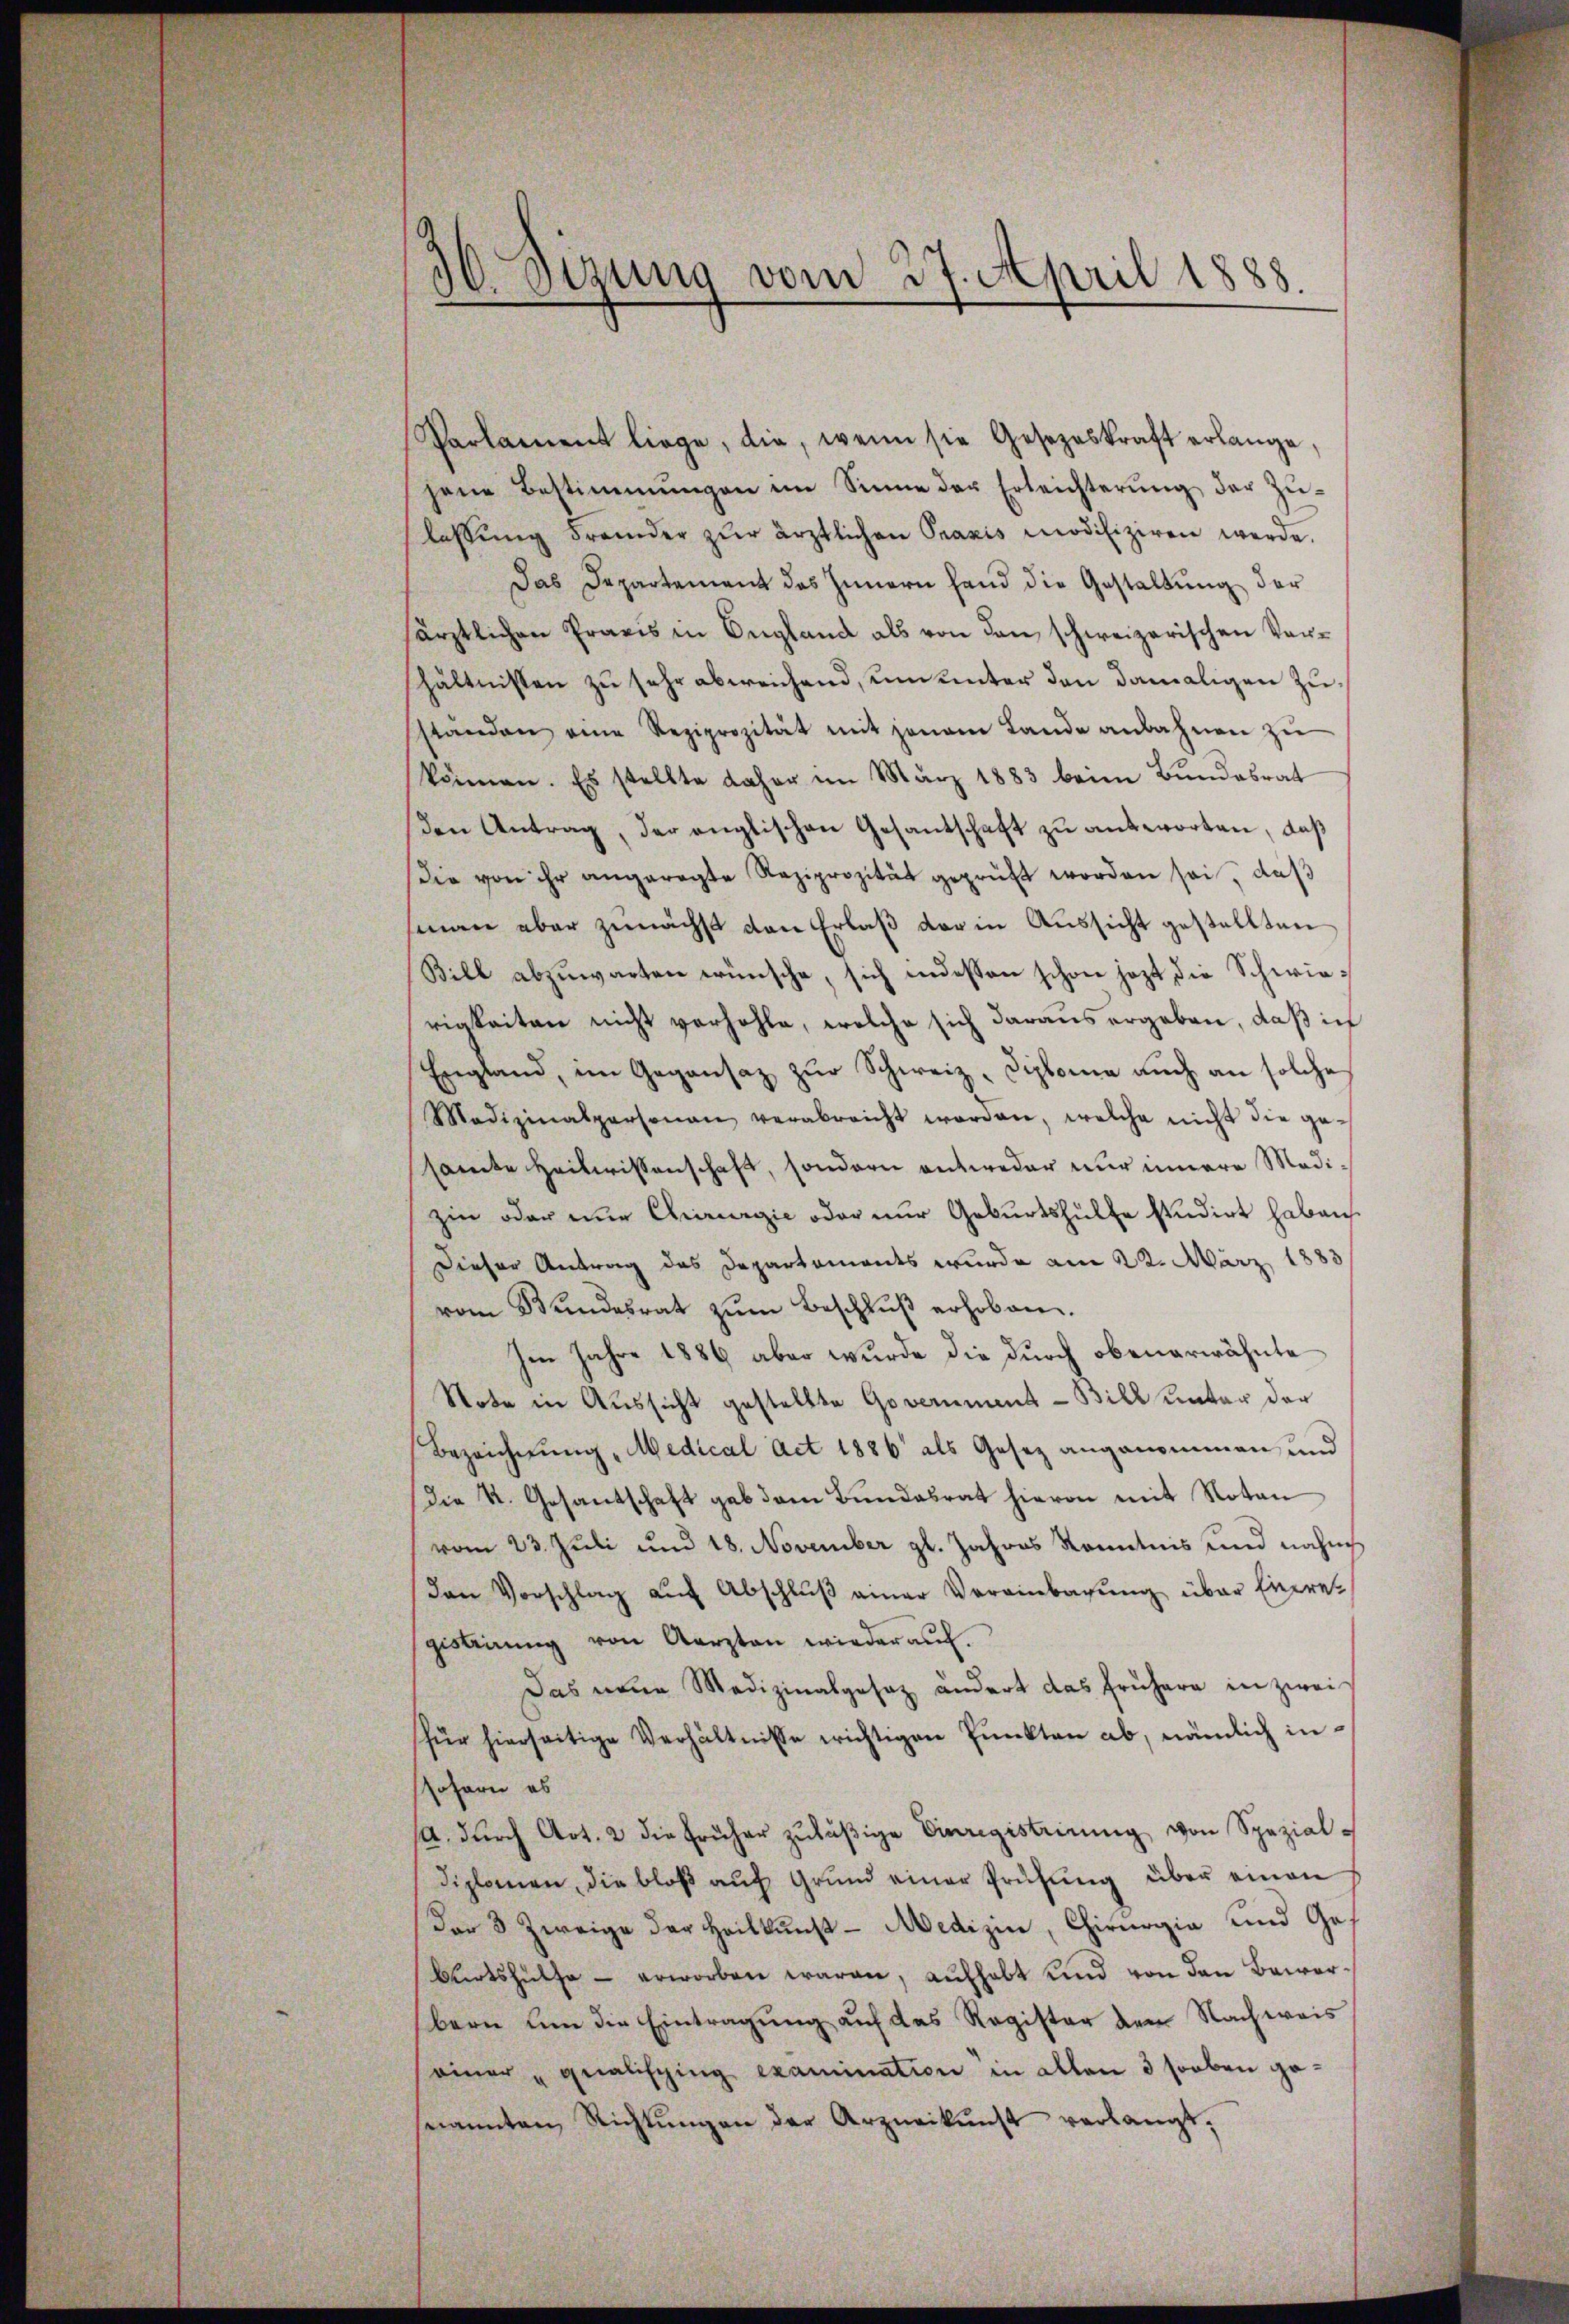
10. Sizung vom 27. April 1888.

Parlament liege, die, wenn sie Gesezeskraft erlange,
jene Bestimmungen im Sinne der Erleichterŭng der Zŭ-
lassŭng fremder zŭr ärztlichen Praxis modifiziren werde.
Das Departement des Innern hand die Gestaltung der
ärztlichen Praxis in England als von den schweizerischen Verhältnissen zu sehr abweichend, um unter den damaligen Zustanden eine Reziprozität mit jenem Lande anbahnen zŭ
können. Es stellte daher im März 1883 beim Bŭndesrat
den Antrag, der englischen Gesantschaft zŭ antworten, daß
Die von ihr angeregte Reziprozität geprüft worden sei, daß
man aber zunächst den Erlaß der in Aussicht gestellten
Bill abzuwarten wünsche, sich indessen schon jezt die Schwierigkeiten nicht verhöhle, welche sich daraus ergaben, daß ich
England, im Gegensatz zŭr Schweiz, Diploma auch an solche
Medizinalpersonau verabreicht worden, welche nicht die ge-
samte Heilwissenschaft, sondern entweder nur innere Medizin oder nur Chirurgie oder nur Geburtshülfe studirt haben
Dieser Antrag des Departements wurde am 22. März 1883
vom Bŭndesrat zŭm Beschlŭβ erhoben.
Im Jahre 1886 aber wurde die durch obenerwähnte
Note in Aussicht gestellte Goveriment - Bill unter der
Bezeichnung „Medical Act 1886 als Gesez angenommen und
die K. Gesantschaft gab dem Bundesrat hievon mit Notan
vom 23. Juli und 18. November gl. Jahres Kenntnis und nachrich
Den Vorschlag aŭf Abschlŭβ einer Vereinbarŭng über Einregiskierung von Aerzten wieder auf.
Das neue Medizinalgesez ändert das frühere in zweifür hierseitige Verhältnisse wichtigen Punkten ab, nämlich insofern es
/A. dŭrch Art. 2 die früher zuläßige Einregistrirung von Spezialdiplomen, die bloß auf Grund einer Prüfung über einen
Der 3 Zweige der Heilkunst - Medizin, Chirurgia und Ge¬
Wirtshülfe - erworben waren, aufhabt und von den Bewerbern um die Eintragung auf das Register den Nachweis
einer „qualisching examination in allen 3 soeben gesnannten Richtŭngen der Arzneikunst verlangt;